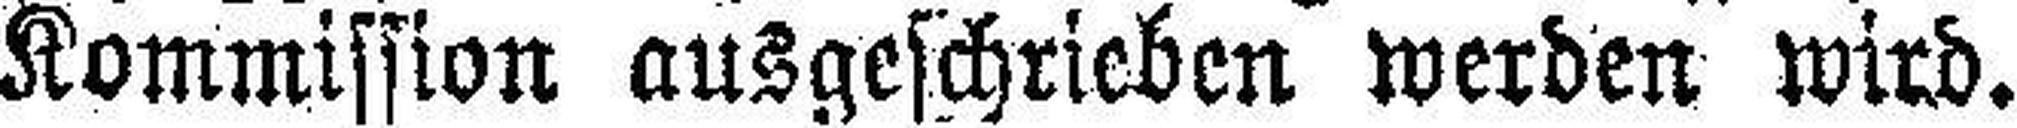
Kommission ausgeschrieben werden wird.